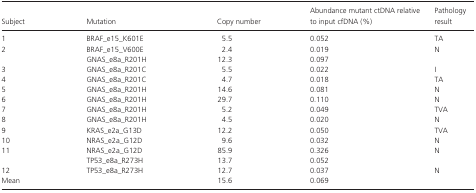
| Subject | Mutation | Copy number | Abundance mutant ctDNA relative to input cfDNA (%) | Pathology result |
 | --- | --- | --- | --- | --- |
 | 1 | BRAF_e15_K601E | 5.5 | 0.052 | TA |
 | 2 | BRAF_e15_V600E | 2.4 | 0.019 | N |
 |  | GNAS_e8a_R201H | 12.3 | 0.097 |  |
 | 3 | GNAS_e8a_R201C | 5.5 | 0.022 | I |
 | 4 | GNAS_e8a_R201C | 4.7 | 0.018 | TA |
 | 5 | GNAS_e8a_R201H | 14.6 | 0.081 | N |
 | 6 | GNAS_e8a_R201H | 29.7 | 0.110 | N |
 | 7 | GNAS_e8a_R201H | 5.2 | 0.049 | TVA |
 | 8 | GNAS_e8a_R201H | 4.5 | 0.020 | N |
 | 9 | KRAS_e2a_G13D | 12.2 | 0.050 | TVA |
 | 10 | NRAS_e2a_G12D | 9.6 | 0.032 | N |
 | 11 | NRAS_e2a_G12D | 85.9 | 0.326 | N |
 |  | TP53_e8a_R273H | 13.7 | 0.052 |  |
 | 12 | TP53_e8a_R273H | 12.7 | 0.037 | N |
 | Mean |  | 15.6 | 0.069 |  |